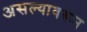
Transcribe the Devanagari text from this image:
असल्यावरून